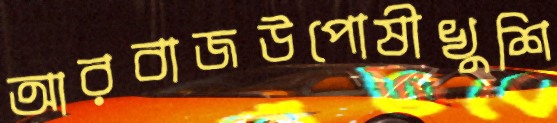
আরবাজউপোষীখুশি